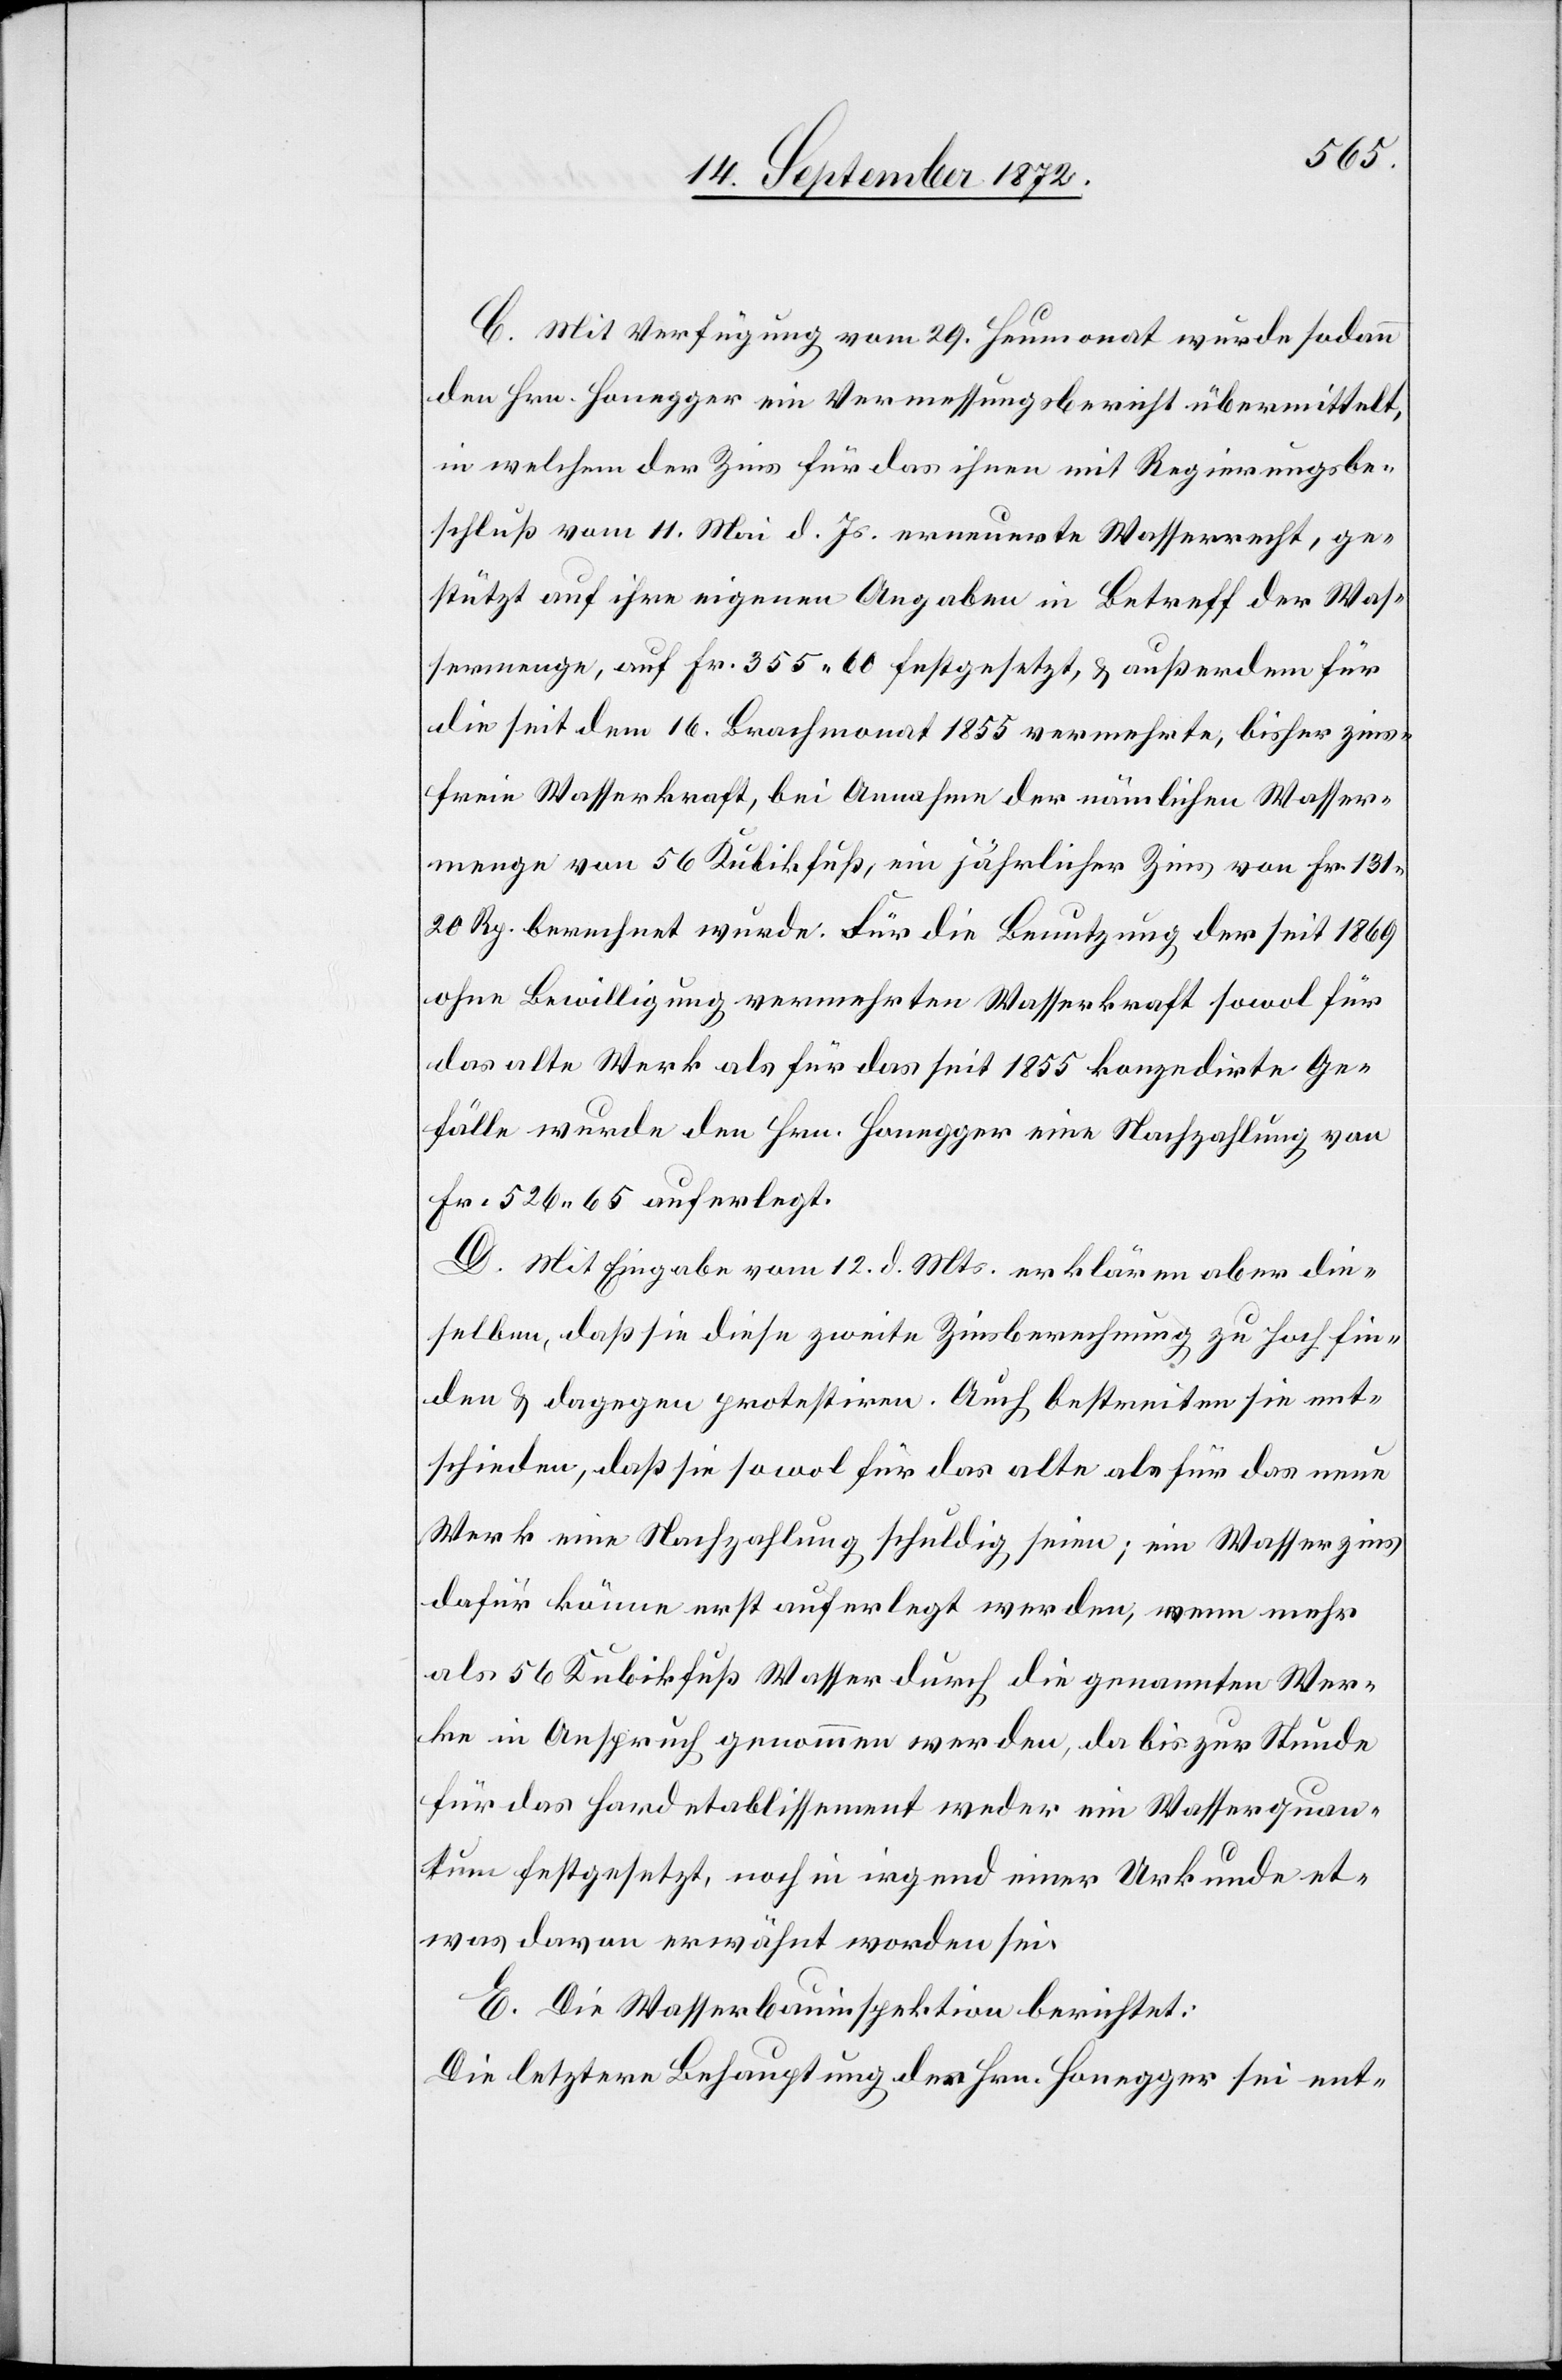
d.
C. Mit Verfügung vom 29. Heumonat wurde sodann
den Hrn. Honegger ein Vermessungsbericht übermittelt,
in welchem der Zins für das ihnen mit Regierungsbe¬
schluß vom 11. Mai für das ihnen mit Regierungsbeschluß vo¬
gestützt auf ihre eigenen Angaben in Betreff der Was¬
sermenge, auf Fr. 355 60 festgesetzt, u. außerdem für
die seit dem 16. Brachmonat 1855 vermehrte, bisher zins¬
freie Wasserkraft, bei Annahme der nämlichen Wasser¬
menge von 56 Kubikfuß, ein jährlicher Zins von Fr. 131
20 Rp. berechnet wurde. Für die Benutzung der seit 1869
ohne Bewilligung vermehrten Wasserkraft sowol für
das alte Werk als für das seit 1855 konzedirte Ge¬
fälle wurde den Hrn. Honegger eine Nachzahlung von
Fr. 526 65 auferlegt.
D. Mit Eingabe vom 12. d. Mts. erklären aber die¬
selben, daß sie diese zweite Zinsberechnung zu hoch fin¬
den u. dagegen protestiren. Auch bestreiten sie ent¬
schieden, daß sie sowol für das alte als für das neue
Werk eine Nachzahlung schuldig seien; ein Wasserzins
dafür könne erst auferlegt werden, wenn mehr
als 56 Kubikfuß Wasser durch die genannten Wer¬
ke in Anspruch genommen werden, da bis zur Stunde
für das Hardetablissement weder ein Wasserquan¬
tum festgesetzt, noch in irgend einer Urkunde et¬
was davon erwähnt worden sei.
E. Die Wasserbauinspektion berichtet:
Die letztere Behauptung des Hrn. Honegger sei ent-